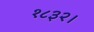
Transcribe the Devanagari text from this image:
१८३२।